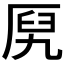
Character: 𰆞